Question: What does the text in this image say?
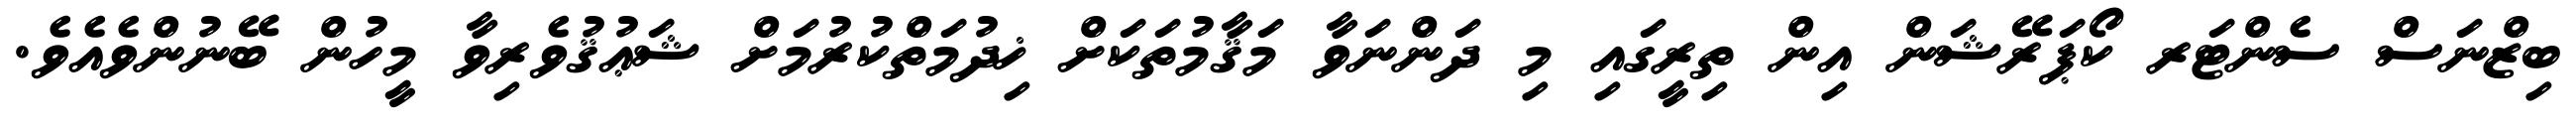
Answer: ބިޒްނަސް ސެންޓަރ ކޯޕަރޭޝަން އިން ތިރީގައި މި ދަންނަވާ މަޤާމުތަކަށް ޚިދުމަތްކުރުމަށް ޝަޢުޤުވެރިވާ މީހުން ބޭނުންވެއެވެ.